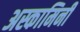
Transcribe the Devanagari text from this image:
अस्कामिनी